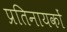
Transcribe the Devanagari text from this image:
प्रतिनायकों